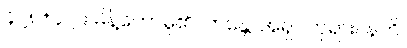
၄၂၈+၄၂၉ မိန့်တော်မူ၏။ ဘန္တေ၊ အရှင်ဘုရား။ နဟိ၊